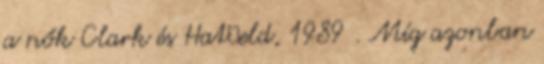
a nők Clark és Hatﬁeld, 1989 . Míg azonban